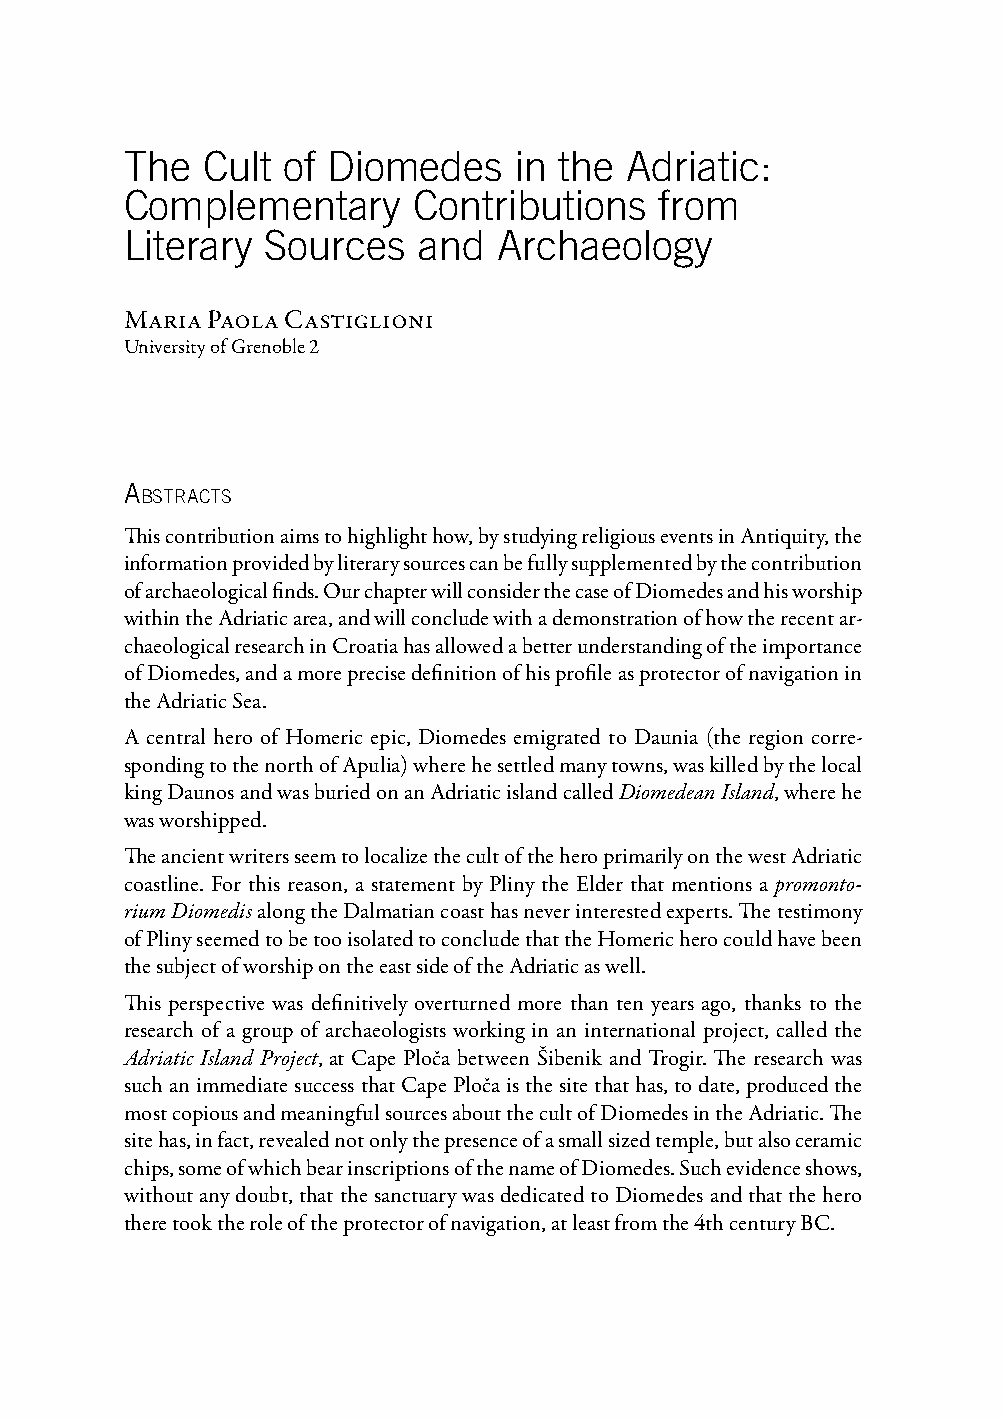
The  Cult  of Diomedes    in the Adriatic:
 Complementary      Contributions    from
 Literary  Sources   and  Archaeology
 Maria Paola Castiglioni
 University of Grenoble 2
 A
 bstrActs
 This contribution aims to highlight how, by studying religious events in Antiquity, the
 information provided by literary sources can be fully supplemented by the contribution
 of archaeological finds. Our chapter will consider the case of Diomedes and his worship
 within the Adriatic area, and will conclude with a demonstration of how the recent ar-
 chaeological research in Croatia has allowed a better understanding of the importance
 of Diomedes, and a more precise definition of his profile as protector of navigation in
 the Adriatic Sea.
 A central hero of Homeric epic, Diomedes emigrated to Daunia (the region corre-
 sponding to the north of Apulia) where he settled many towns, was killed by the local
 king Daunos and was buried on an Adriatic island called Diomedean Island, where he
 was worshipped.
 The ancient writers seem to localize the cult of the hero primarily on the west Adriatic
 coastline. For this reason, a statement by Pliny the Elder that mentions a promonto-
 rium Diomedis along the Dalmatian coast has never interested experts. The testimony
 of Pliny seemed to be too isolated to conclude that the Homeric hero could have been
 the subject of worship on the east side of the Adriatic as well.
 This perspective was definitively overturned more than ten years ago, thanks to the
 research of a group of archaeologists working in an international project, called the
 Adriatic Island Project, at Cape Ploča between Šibenik and Trogir. The research was
 such an immediate success that Cape Ploča is the site that has, to date, produced the
 most copious and meaningful sources about the cult of Diomedes in the Adriatic. The
 site has, in fact, revealed not only the presence of a small sized temple, but also ceramic
 chips, some of which bear inscriptions of the name of Diomedes. Such evidence shows,
 without any doubt, that the sanctuary was dedicated to Diomedes and that the hero
 there took the role of the protector of navigation, at least from the 4th century BC.